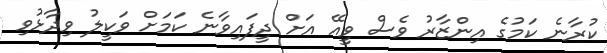
ކުރާނެ ކަމުގެ އިންޒާރު ވެސް ވީއޭ އަށް ދީފައިވާނެ ކަމަށް ވަކީލު ވިދާޅުވި